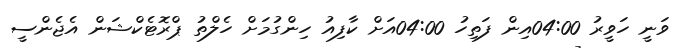
ވަނީ ހަވީރު 04:00އިން ފަތިހު 04:00އަށް ކާފިއު ހިންގުމަށް ހެލްތު ޕްރޮޓެކްޝަން އެޖެންސީ